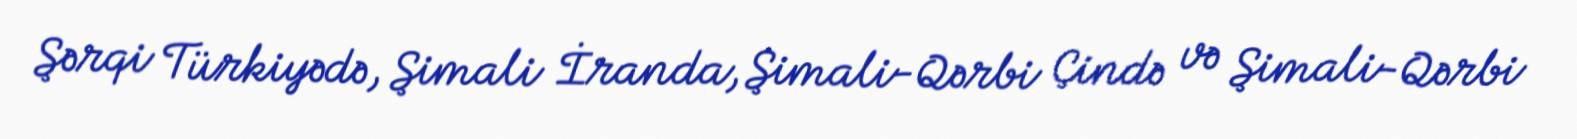
Şərqi Türkiyədə, Şimali İranda, Şimali-Qərbi Çində və Şimali-Qərbi